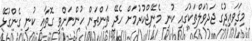
މިޤަވައިދުގެ ޖަދުވަލްތަކުގައި ކުނި މެނޭޖްކުރުމަށް ހެދޭ ތަންތަން ހުންނަންވީ ގޮތާއި ކުނި ގެންގުޅޭ